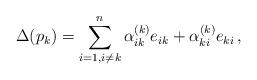
LaTeX: \begin{align*} \Delta(p_k) = \sum_{i=1, i\neq k}^{n} \alpha_{ik}^{(k)} e_{ik} + \alpha_{ki}^{(k)} e_{ki}\,,\end{align*}